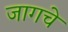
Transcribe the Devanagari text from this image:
जागचे